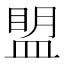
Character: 𰤾